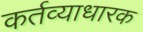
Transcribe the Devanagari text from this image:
कर्तव्याधारक